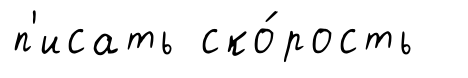
п'исать ско́рость